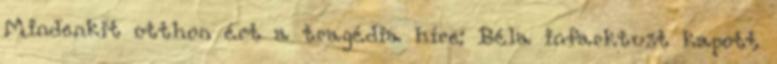
Mindenkit otthon ért a tragédia híre: Béla infarktust kapott